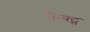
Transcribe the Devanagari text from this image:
फ़ैक्ट्स